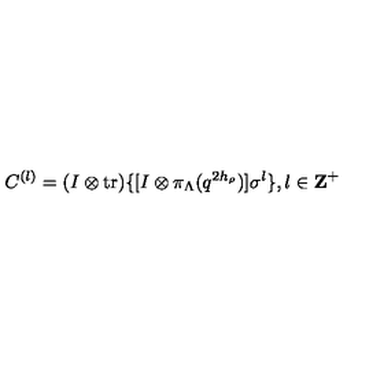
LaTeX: C ^ { ( l ) } = ( I \otimes \mathrm { t r } ) \{ [ I \otimes \pi _ { \Lambda } ( q ^ { 2 h _ { \rho } } ) ] \sigma ^ { l } \} , l \in { \bf Z } ^ { + }